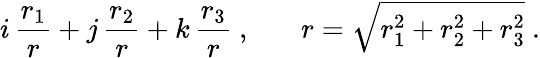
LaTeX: i\, \frac{r_{1}}{r}+j\, \frac{r_{2}}{r}+k\, \frac{r_{3}}{r}~,~~~~~~~r=\sqrt{r_{1}^{2}+r_{2}^{2}+r_{3}^{2}}~.